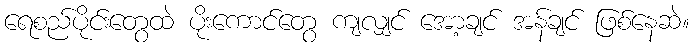
ရေစည်ပိုင်းတွေထဲ ပိုးကောင်တွေ ကျလျှင် အော့ချင် အန်ချင် ဖြစ်နေဆဲ။